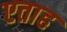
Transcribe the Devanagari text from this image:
एताह